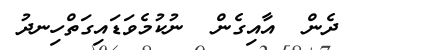
ދެން  އާއިގެން  ނުކުމެވަޑައިގަތްހިނދު